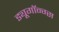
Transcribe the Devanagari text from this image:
ड्यूगॉन्ग्स